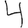
Digit: 4